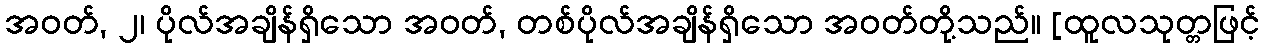
အဝတ်, ၂၊ ပိုလ်အချိန်ရှိသော အဝတ်, တစ်ပိုလ်အချိန်ရှိသော အဝတ်တို့သည်။ [ထူလသုတ္တဖြင့်